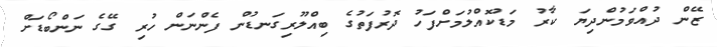
ޒޭން ދުއްވަމުންދިޔަ ކާރު މަޑުކޮއްލުމަށްފަހު ދޮރުފަތުގެ ބިއްލޫރިގަނޑުން ފެންނަން ހުރި ގޭގެ ނަންބޯޑަށް